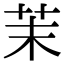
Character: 茉